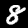
Label: 8